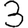
Digit: 3